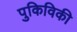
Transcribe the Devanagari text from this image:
पुकिविकी